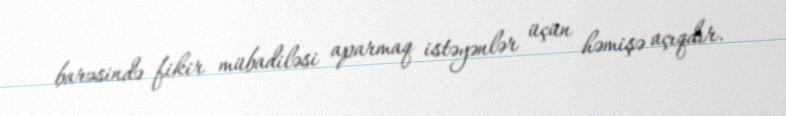
barəsində fikir mübadiləsi aparmaq istəyənlər üçün həmişə açıqdır.